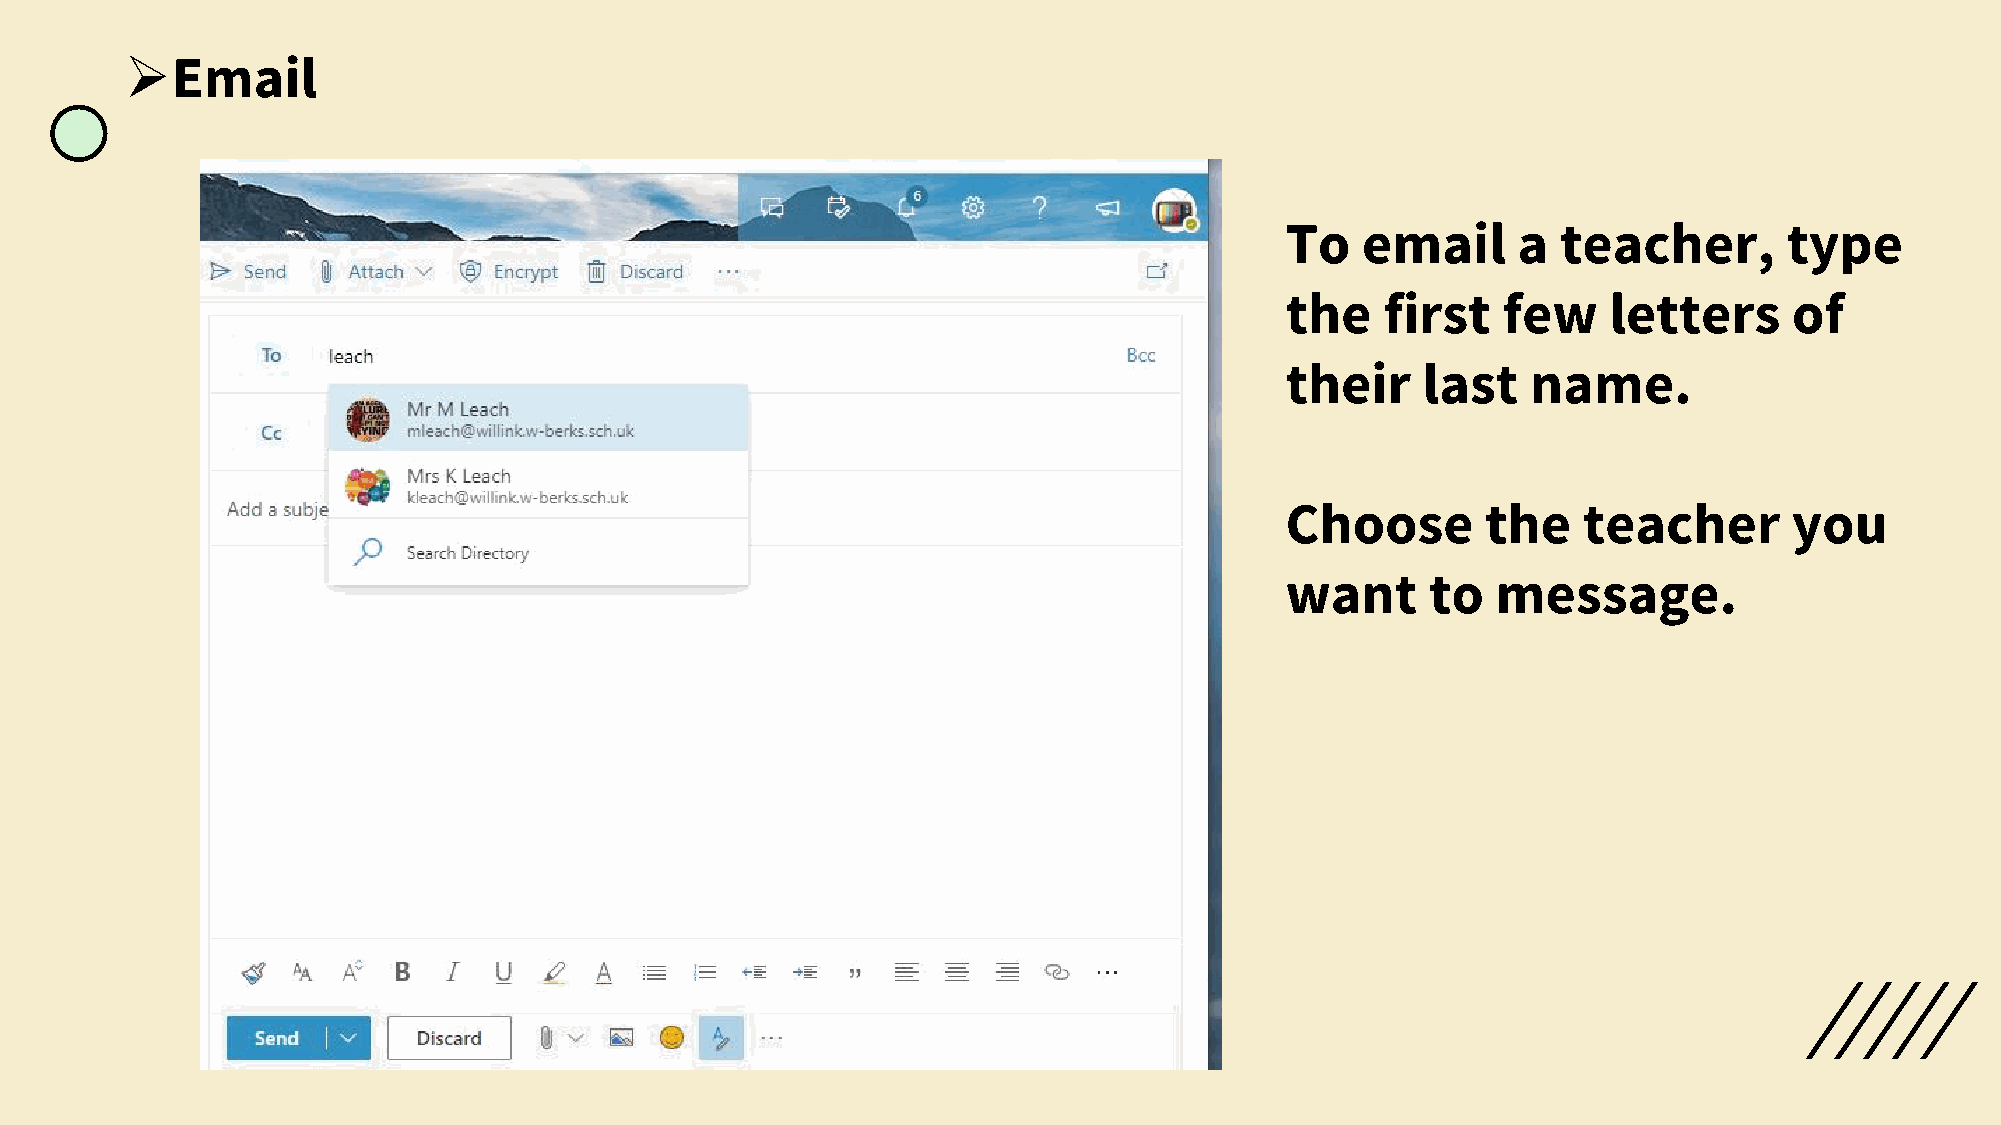
➢Email
 To   email     a  teacher,       type
 the    first  few    letters      of
 their    last   name.
 Choose       the    teacher       you
 want      to  message.